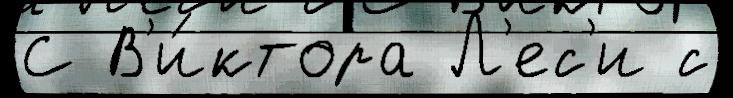
С В'и́ктора Л'ес'и с